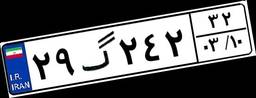
۲۹گ۲۴۲۳۲